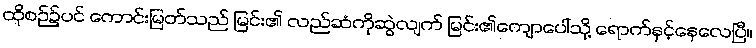
ထိုစဉ်၌ပင် ကောင်းမြတ်သည် မြင်း၏ လည်ဆံကိုဆွဲလျက် မြင်း၏ကျောပေါ်သို့ ရောက်နှင့်နေလေပြီ။